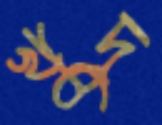
খুদু